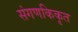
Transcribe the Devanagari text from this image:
संगणकिकृत